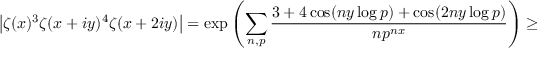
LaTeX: \left| \zeta ( x ) ^ { 3 } \zeta ( x + i y ) ^ { 4 } \zeta ( x + 2 i y ) \right| = \exp \left( \sum _ { n , p } { \frac { 3 + 4 \cos ( n y \log p ) + \cos ( 2 n y \log p ) } { n p ^ { n x } } } \right) \geq 1